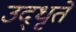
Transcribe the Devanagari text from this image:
उद्‌धृते